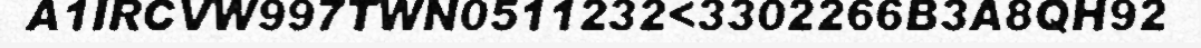
A1IRCVW997TWN0511232<3302266B3A8QH92